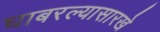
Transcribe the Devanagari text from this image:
घाबरल्यासारखे